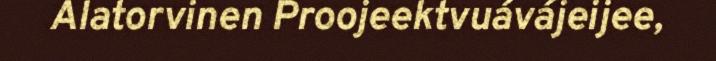
Alatorvinen Proojeektvuávájeijee,